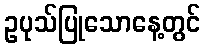
ဥပုသ်ပြုသောနေ့တွင်